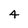
Character: 4